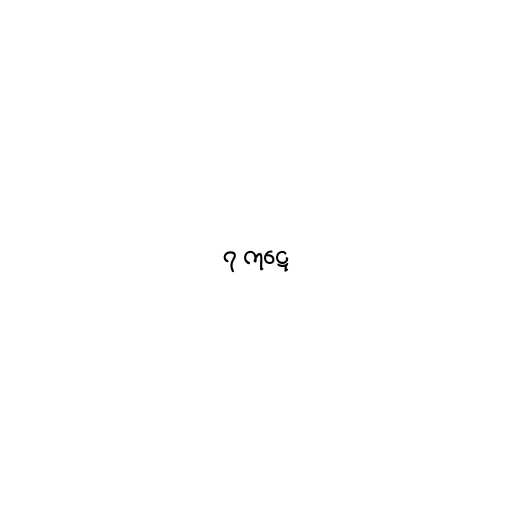
၇ ကုဋေ